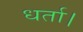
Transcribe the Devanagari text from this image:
धर्ता।